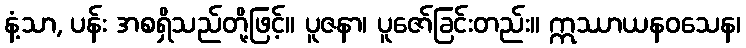
နံ့သာ, ပန်း အစရှိသည်တို့ဖြင့်။ ပူဇနာ၊ ပူဇော်ခြင်းတည်း။ ဣဿာယနဝသေန၊